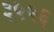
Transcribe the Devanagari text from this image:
३५५६